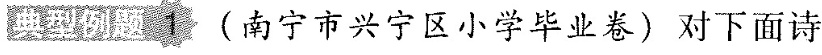
典型例题 1 （南宁市兴宁区小学毕业卷）对下面诗